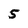
Character: 5